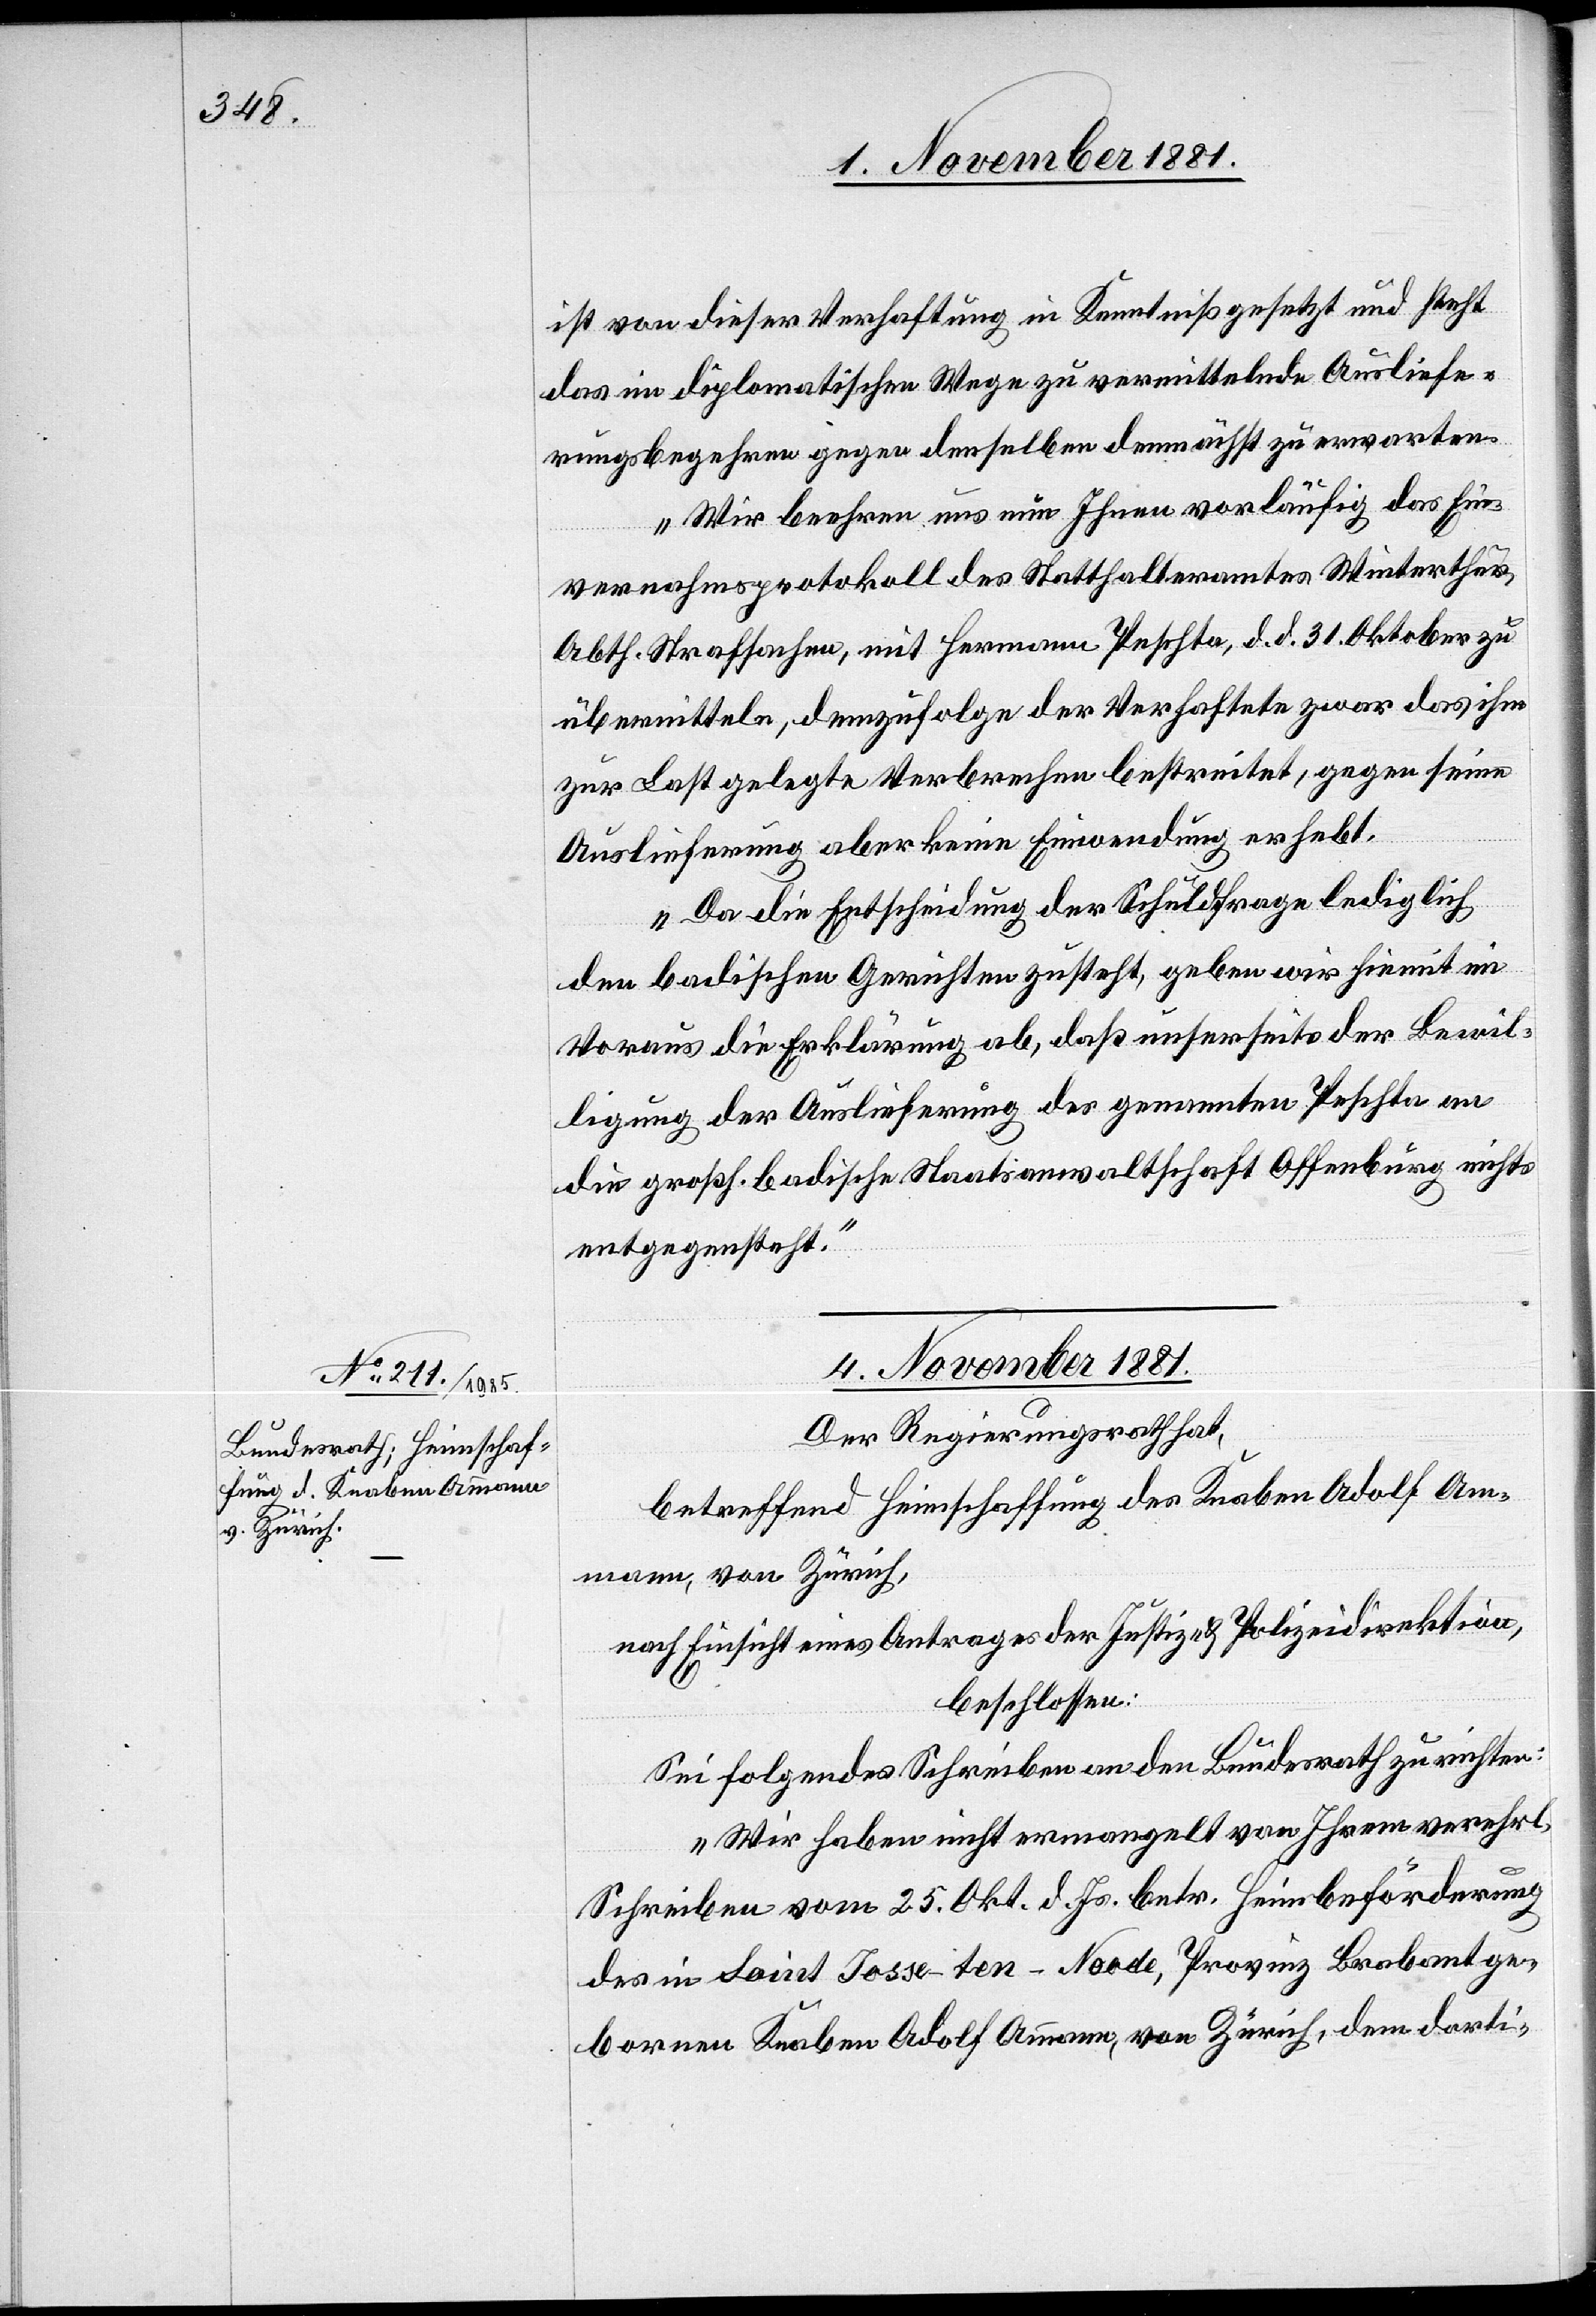
ist von dieser Verhaftung in Kenntniß gesetzt und steht
das im diplomatischen Wege zu vermittelnde Ausliefe¬
rungsbegehren gegen denselben demnächst zu erwarten.
Wir beehren uns nun Ihnen vorläufig das Ein¬
vernahmsprotokoll des Statthalteramtes Winterthur,
Abth. Strafsachen, mit Hermann Peschta, d. d. 31. Oktober zu
übermitteln, demzufolge der Verhaftete zwar das ihm
zur Last gelegte Verbrechen bestreitet, gegen seine
Auslieferung aber keine Einwendung erhebt.
Da die Entscheidung der Schuldfrage lediglich
den badischen Gerichten zusteht, geben wir hiemit im
Voraus die Erklärung ab, daß unserseits der Bewil¬
ligung der Auslieferung des genannten Peschta an
die großh. badische Staatsanwaltschaft Offenburg nichts
entgegensteht.“
4. November 1881.
Der Regierungsrath hat,
betreffend Heimschaffung des Knaben Adolf Am¬
mann, von Zürich,
nach Einsicht eines Antrages Justiz- & Polizeidirektion,
beschlossen:
Sei folgendes Schreiben an den Bundesrath zu richten:
„Wir haben nicht ermangelt von Ihrem verehrl.
Schreiben vom 25. Okt. d. Js. betr. Heimbeförderung
des in Saint Josse-ten-Noode, Provinz Brabant ge¬
borenen Knaben Adolf Ammann, von Zürich, dem dorti-